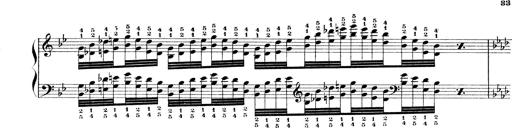
Title: Technische Studien
Composer: Franz Liszt